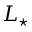
L _ { \star }